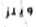
ويلز